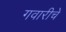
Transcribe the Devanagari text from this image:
गवारीचे